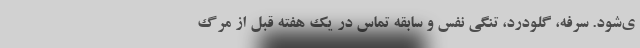
ی‌شود. سرفه، گلودرد، تنگی نفس و سابقه تماس در یک هفته قبل از مرگ